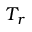
T _ { r }